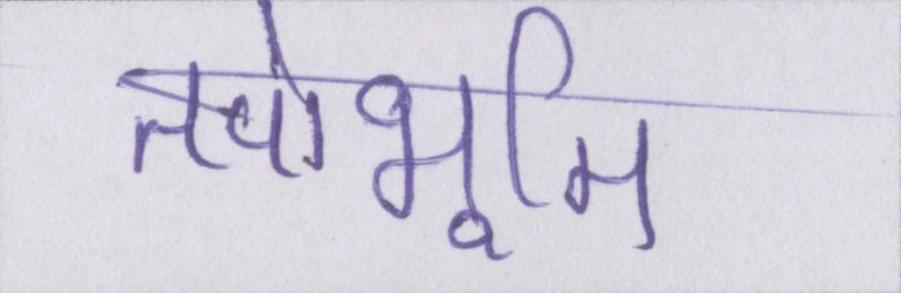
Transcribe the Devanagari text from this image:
तपोभूमि